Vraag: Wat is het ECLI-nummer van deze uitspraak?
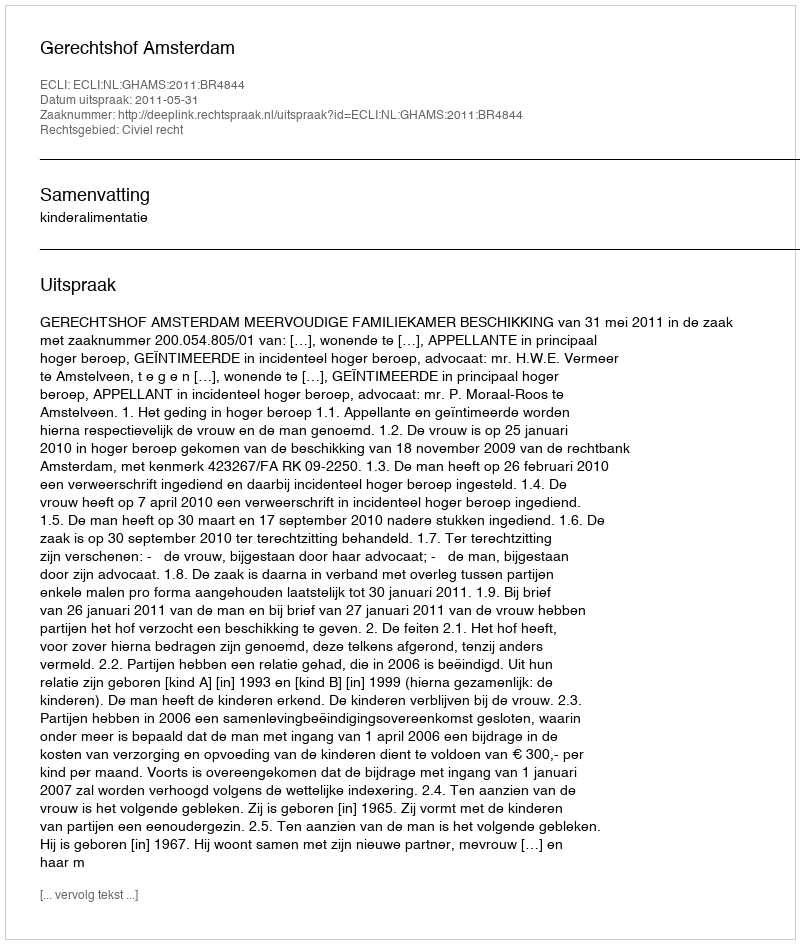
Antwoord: ECLI:NL:GHAMS:2011:BR4844